Civil Veterinary Department Bihar & Orissa reports 1911-21 - 1911-1921
Year: 1911
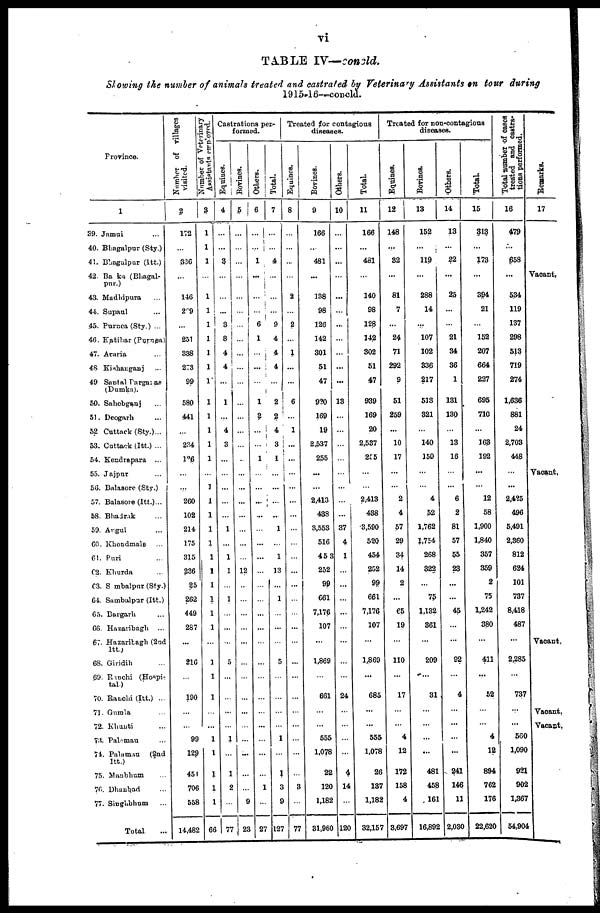
vi
TABLE
IV—concld.
Slowing
the number
of animals
treated
and castrated
by Veterinary
Assistants
on
tour
during
1915-16—concld.
Province.
1
39. Jamui ...
40. Bhagalpur (Sty.)
41. Bhagalpur (Itt.)
42. Banka (Bhagal-
pur.)
43. Mudhipura ...
44. Supaul ...
45. Purnea (Sty.) ...
46. Katihar (Purnea)
47. Araria ...
48. Kishanganj ...
49 Santal Parganas
(Dumka).
50. Sahebganj ...
51. Deogarh ...
52 Cuttack (Sty.) ...
53. Cuttack (Itt.) ...
54. Kendrapara ...
55. Jajpur ...
56. Balasore (Sty.)
57. Balasore (Itt.)...
58. Bhadrik ...
59. Angul ...
60. Khondmale ...
61. Puri ...
62. Khurda ...
63. Sambalpnr (Sty.)
64. Sambalpur (Itt.)
65. Bargarh ...
66. Hazaribagh ...
67. Hazaribagh (2nd
Itt.)
68. Giridih ...
69. Ranchi (Hospi-
tal)
70. Ranchi (Itt.) ...
71. Gumla ...
72. Khanti ...
73. Palamau ...
74. Palamau (2nd
Itt.)
75. Manbhum ...
76. Dhanbad ...
77. Singubhum ...
Total
Number of Villages
visited.
2
172
...
336
...
146
269
...
251
338
273
99
580
441
2?.4
126
...
...
260
102
214
175
315
236
25
262
449
287
...
216
...
190
...
...
99
129
451
706
558
14,482
Number of Veterinary
Assistants employed.
3
l
1
1
...
1
1
1
1
1
1
1
1
1
1
1
1
...
1
1
1
1
1
1
1
1
1
1
1
...
1
1
1
...
...
1
1
1
1
1
66
Castrations per-
formed.
Equines.
4
...
...
3
...
...
3
8
4
4
...
1
...
4
3
...
...
...
...
...
1
...
1
1
...
1
...
...
...
5
...
...
...
...
1
...
1
2
...
77
Bovines.
5
...
...
...
...
...
...
...
...
...
...
...
...
...
...
...
...
...
...
...
...
...
...
...
12
...
...
...
...
...
...
...
...
...
...
...
...
...
...
9
23
Others.
6
...
...
1
...
...
...
6
1
...
...
...
1
3
1
...
...
...
...
...
...
...
...
...
...
...
...
...
...
...
...
...
...
...
...
...
...
1
...
27
Total.
7
...
...
4
...
...
9
4
4
4
...
2
2
4
3
1
...
...
...
...
1
...
1
13
...
1
...
...
...
5
...
...
...
1
1
3
9
127
Treated for contagious
diseases.
Equines.
8
...
...
...
...
2
...
2
...
1
...
6
...
1
...
...
...
...
...
...
...
...
...
...
...
...
...
...
...
...
...
...
...
...
...
...
...
...
3
...
77
Bovines.
9
166
...
481
......
138
98
126
142
301
51
47
920
169
19
2,537
255
...
...
2,413
438
3,553
516
453
252
99
661
7,176
107
...
1,869
661
...
...
555
1,078
22
120
1,182
31,960
Others.
10
...
...
...
...
...
...
...
...
...
...
...
13
...
...
...
...
...
...
...
...
37
4
1
...
...
...
...
...
...
...
...
24
...
...
...
...
4
14
120
Total.
11
166
...
431
...
140
98
128
142
302
51
47
939
169
20
2,537
255
...
...
2,413
438
3,590
520
454
252
99
661
7,176
107
...
1,869
...
685
...
...
555
1,078
26
137
1,182
32,157
Treated for non-contagions
diseases.
Equines.
12
148
...
32
...
81
7
...
24
71
292
9
51
259
...
10
17
...
...
2
4
57
29
34
14
2
65
19
...
110
17
...
...
4
12
172
158
4
3,697
Bovines.
13
152
...
119
288
14
...
107
102
336
217
513
321
...
140
150
...
...
4
52
1,762
1,754
268
322
...
75
1,132
361
...
209
...
31
...
...
...
...
481
458
161
16,892
Others.
14
13
...
22
...
25
...
...
21
34
36
1
131
130
...
13
16
...
...
6
2
81
57
55
23
...
...
45
...
92
4
...
...
...
...
241
146
11
2,030
Total.
15
313
...
173
...
394
21
...
152
207
664
227
695
710
...
163
192
...
...
12
58
1,900
1,840
357
359
2
75
1,242
380
411
...
52
...
...
4
12
894
762
176
22,620
Total number of cases
treated and castra-
tions performed.
16
479
...
658
...
534
119
137
298
513
719
274
1,636
881
24
2,703
448
...
...
2,425
496
5,491
2,360
812
624
101
737
8,418
487
...
2,285
737
...
...
560
1,090
921
902
1,367
54,904
Remarks.
17
Vacant
Vacant,
Vacant,
Vacant.
Vacant.